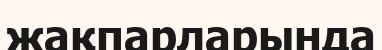
жақпарларында